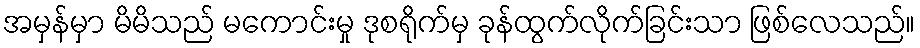
အမှန်မှာ မိမိသည် မကောင်းမှု ဒုစရိုက်မှ ခုန်ထွက်လိုက်ခြင်းသာ ဖြစ်လေသည်။